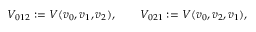
V _ { 0 1 2 } : = V ( v _ { 0 } , v _ { 1 } , v _ { 2 } ) , \qquad V _ { 0 2 1 } : = V ( v _ { 0 } , v _ { 2 } , v _ { 1 } ) ,